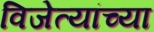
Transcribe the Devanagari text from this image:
विजेत्यांच्या